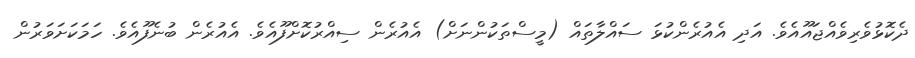
ދެކޮޅުވެރިވެއްޖައޫއެވެ. އަދި އެއުރެންކުޅަ ސައްލާތައް (މީސްތަކުންނަށް) އެއުރެން ސިއްރުކޮށްފޫއެވެ. އެއުރެން ބުނެފޫއެވެ. ހަމަކަށަވަރުން